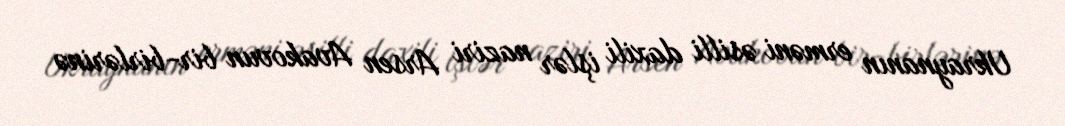
Ukraynanın erməni əsilli daxili işlər naziri Arsen Avakovun bir-birlərinə